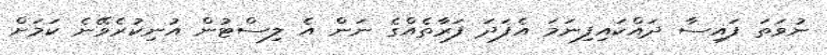
ނުވަތަ ފައިސާ ދައްކައިފިނަމަ އެފަދަ ފަރާތެއްގެ ނަން އެ ލިސްޓުން އުނިކުރެވޭނެ ކަމަށް